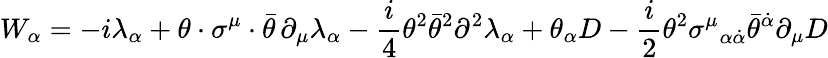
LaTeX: W_{\alpha}=-i\lambda_{\alpha}+\theta\cdot\sigma^{\mu}\cdot\bar{\theta}\, \partial_{\mu}\lambda_{\alpha}-\frac{i}{4}\theta^{2}\bar{\theta}^{2}\partial^{2}\lambda_{\alpha}+\theta_{\alpha}D-\frac{i}{2}\theta^{2}\sigma^{\mu}{}_{\alpha\dot{\alpha}}\bar{\theta}^{\dot{\alpha}}\partial_{\mu}D